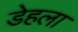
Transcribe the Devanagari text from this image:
डेहला